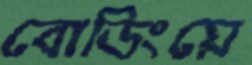
বোডিংয়ে